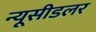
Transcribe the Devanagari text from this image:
न्यूसीडलर